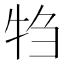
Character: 𬌝